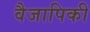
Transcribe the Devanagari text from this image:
वैजापिकी